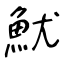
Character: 魷